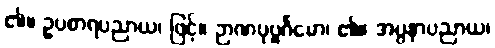
၏။ ဥပစာရပညာယ၊ ဖြင့်။ ဉာဏပုဗ္ဗင်္ဂမော၊ ၏။ အပ္ပနာပညာယ၊